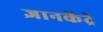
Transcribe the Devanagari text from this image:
ज्ञानकेंद्रे